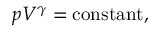
p V ^ { \gamma } = { \mathrm { c o n s t a n t } } ,